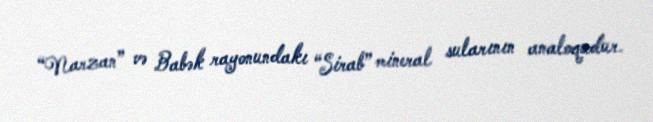
“Narzan” və Babək rayonundakı “Sirab” mineral sularının analoqudur.